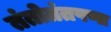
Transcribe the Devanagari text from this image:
तंतोतंतपणा